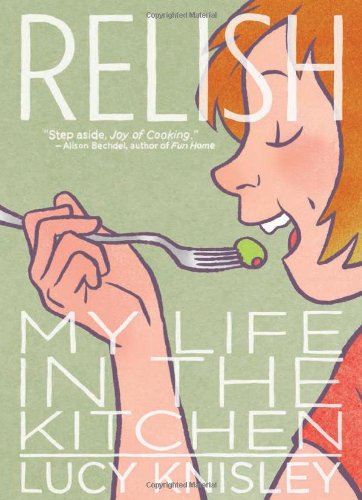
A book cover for Relish: My Life in the Kitchen; Lucy Knisley; Comics & Graphic Novels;